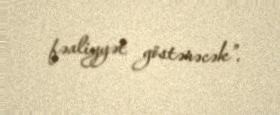
fəaliyyət göstərəcək”.